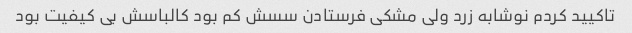
تاکیید کردم نوشابه زرد ولی مشکی فرستادن سسش کم بود کالباسش بی کیفیت بود